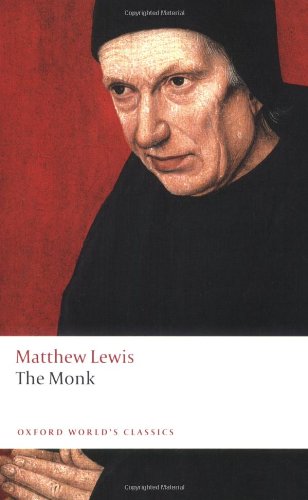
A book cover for The Monk (Oxford World's Classics); Matthew Lewis; Romance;